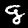
Digit: 9